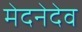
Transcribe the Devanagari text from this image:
मेदनेदेव